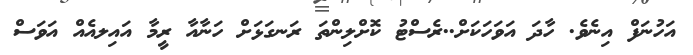
އަހުނަފް އިނެވެ. ހާދަ އަވަހަކަށް..ރެސްޓު ކޮށްލިންތަ ރަނގަޅަށް ހަނާއާ ރީމާ އައިލއެއް އަވަސް